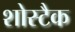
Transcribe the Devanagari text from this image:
शोस्टैक